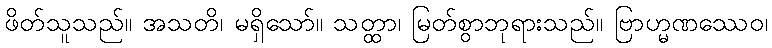
ဖိတ်သူသည်။ အသတိ၊ မရှိသော်။ သတ္ထာ၊ မြတ်စွာဘုရားသည်။ ဗြာဟ္မဏဿေဝ၊